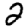
Digit: 2